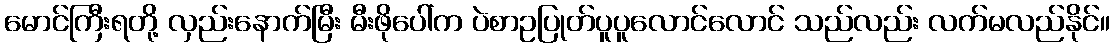
မောင်ကြီးရတို့ လှည်းနောက်မြီး မီးဖိုပေါ်က ပဲစာဥပြုတ်ပူပူလောင်လောင် သည်လည်း လက်မလည်နိုင်။